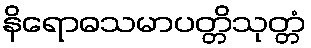
နိရောဓသမာပတ္တိသုတ္တံ